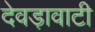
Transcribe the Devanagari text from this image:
देवड़ावाटी